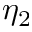
\eta _ { 2 }